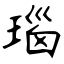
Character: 瑙